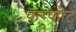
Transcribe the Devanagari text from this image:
करकोट